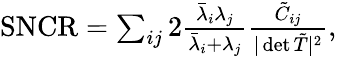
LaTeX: \begin{array}{r}{\mathrm{SNCR}=\sum_{ij}2\frac{\bar{\lambda}_{i}\lambda_{j}}{\bar{\lambda}_{i}+\lambda_{j}}\frac{\tilde{C}_{ij}}{\vert\operatorname*{det}\tilde{T}\vert^{2}},}\end{array}